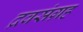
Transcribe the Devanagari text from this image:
द्रवसंग्रह